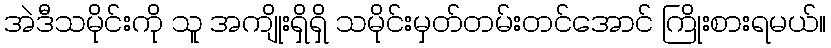
အဲဒီသမိုင်းကို သူ အကျိုးရှိရှိ သမိုင်းမှတ်တမ်းတင်အောင် ကြိုးစားရမယ်။